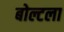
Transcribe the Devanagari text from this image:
बोल्टला